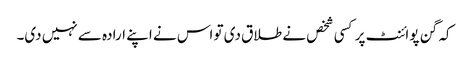
کہ گن پوائنٹ پر کسی شخص نے طلاق دی تو اس نے اپنے ارادہ سے نہیں دی۔